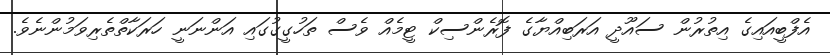
އެފްބީއައިގެ އިތުރުން ސައޫދީ އަރަބިއްޔާގެ ފޮރެންސިކް ޓީމެއް ވެސް ތަހުގީގުގައި އަންނަނީ ހަރަކާތްތެރިވަމުންނެވެ.